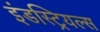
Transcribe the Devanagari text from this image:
इंडस्ट्रियल्स